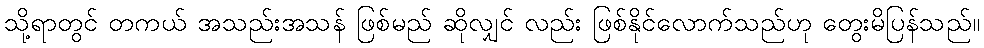
သို့ရာတွင် တကယ် အသည်းအသန် ဖြစ်မည် ဆိုလျှင် လည်း ဖြစ်နိုင်လောက်သည်ဟု တွေးမိပြန်သည်။